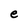
Character: e